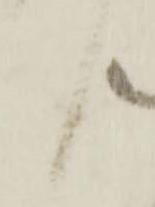
上